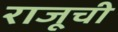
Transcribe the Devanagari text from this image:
राजूची